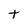
Character: t